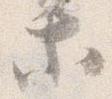
等